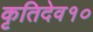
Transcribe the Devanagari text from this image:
कृतिदेव१०